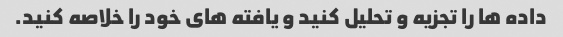
داده ها را تجزیه و تحلیل کنید و یافته های خود را خلاصه کنید.